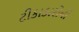
ટીકાકારોની